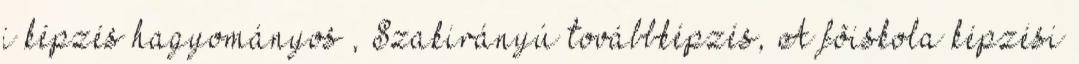
i képzés hagyományos , Szakirányú továbbképzés, A fõiskola képzési